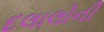
દલાલોની